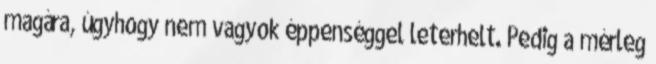
magára, úgyhogy nem vagyok éppenséggel leterhelt. Pedig a mérleg